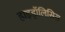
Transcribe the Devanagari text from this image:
हाइड्रॉलिसिस